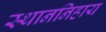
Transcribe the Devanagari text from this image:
स्थाननिहाय